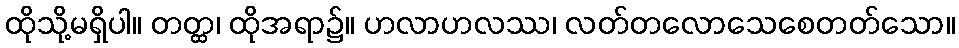
ထိုသို့မရှိပါ။ တတ္ထ၊ ထိုအရာ၌။ ဟလာဟလဿ၊ လတ်တလောသေစေတတ်သော။